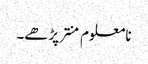
نامعلوم منتر پڑھے۔